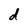
Character: d